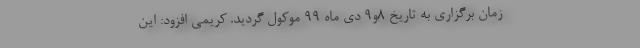
زمان برگزاری به تاریخ 8و9 دی ماه 99 موکول گردید. کریمی افزود: این